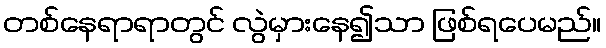
တစ်နေရာရာတွင် လွဲမှားနေ၍သာ ဖြစ်ရပေမည်။